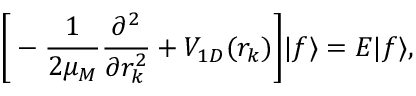
\bigg [ - { \frac { 1 } { 2 \mu _ { M } } } { \frac { \partial ^ { 2 } } { \partial r _ { k } ^ { 2 } } } + V _ { 1 D } ( r _ { k } ) \bigg ] | f \rangle = E | f \rangle ,